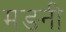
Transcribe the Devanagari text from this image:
मङनी